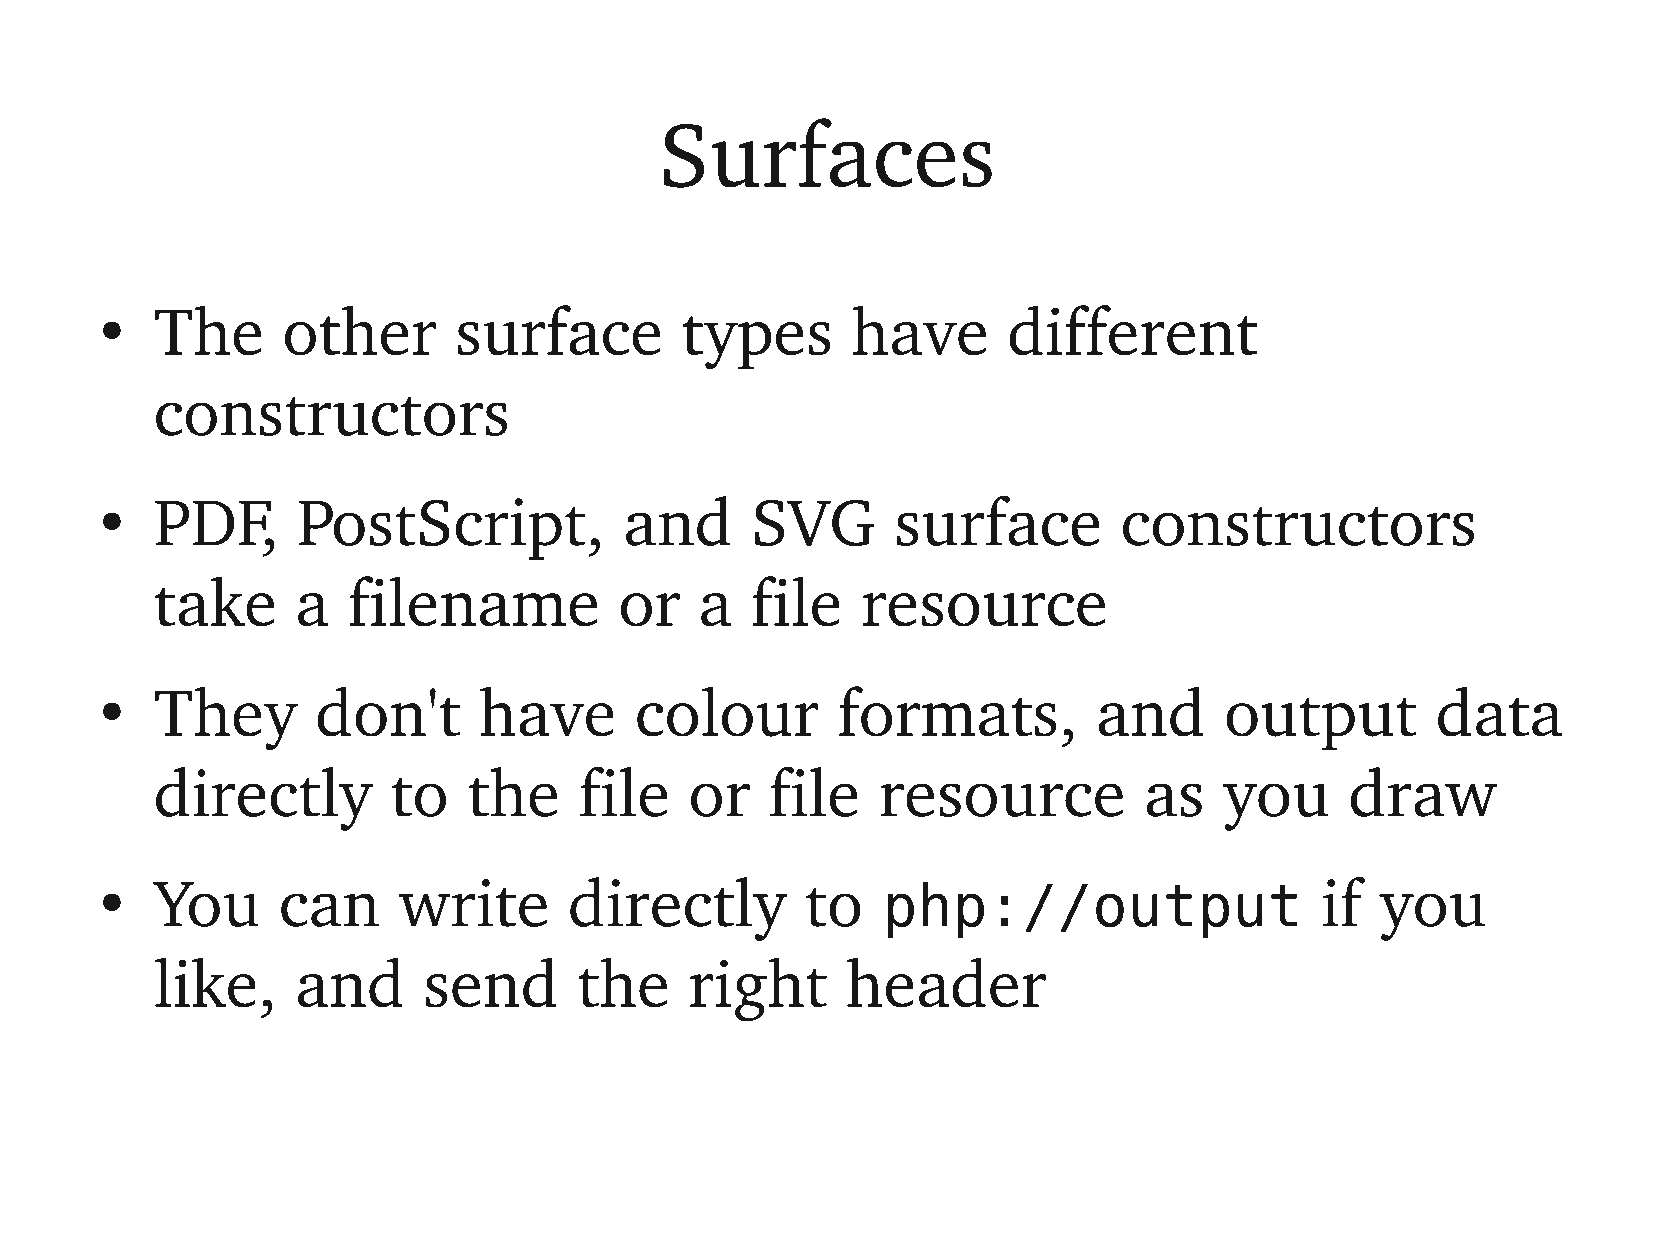
Surfaces
 The      other      surface        types      have       different
 ●
 constructors
 PDF,      PostScript,          and      SVG      surface        constructors
 ●
 take      a  filename          or   a   file   resource
 They       don't      have      colour       formats,          and     output        data
 ●
 directly        to   the    file    or   file   resource          as   you     draw
 ●  You     can     write       directly       to   php://output                 if  you
 like,     and     send      the     right     header